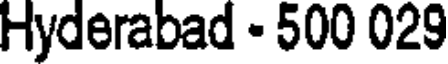
Hyderabad - 500 029